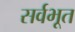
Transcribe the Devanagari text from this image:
सर्वभूत